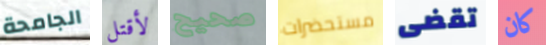
الجامحة لأقتل صحيح مستحضرات تقضى كان